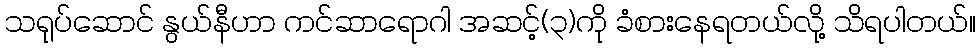
သရုပ်ဆောင် နွယ်နီဟာ ကင်ဆာရောဂါ အဆင့်(၃)ကို ခံစားနေရတယ်လို့ သိရပါတယ်။